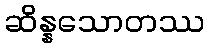
ဆိန္နသောတဿ